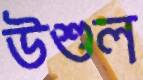
উশুল